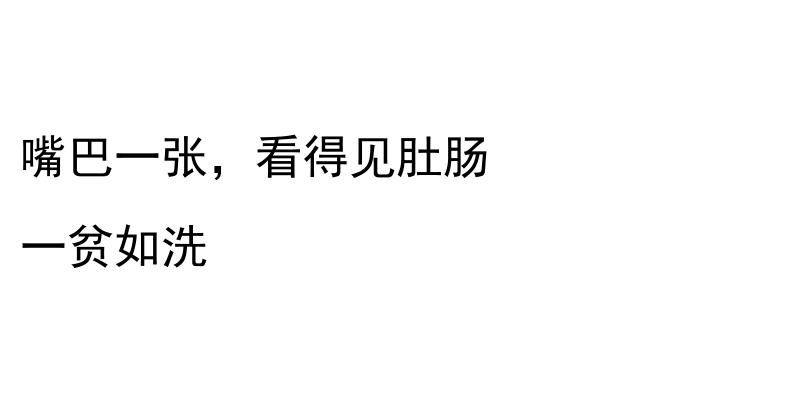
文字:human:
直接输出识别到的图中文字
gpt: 嘴巴一张，看得见肚肠 一贫如洗